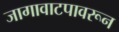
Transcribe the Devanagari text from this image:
जागावाटपावरून